Document type: Inventory
Year: 1295
Scribe: Pere Marc
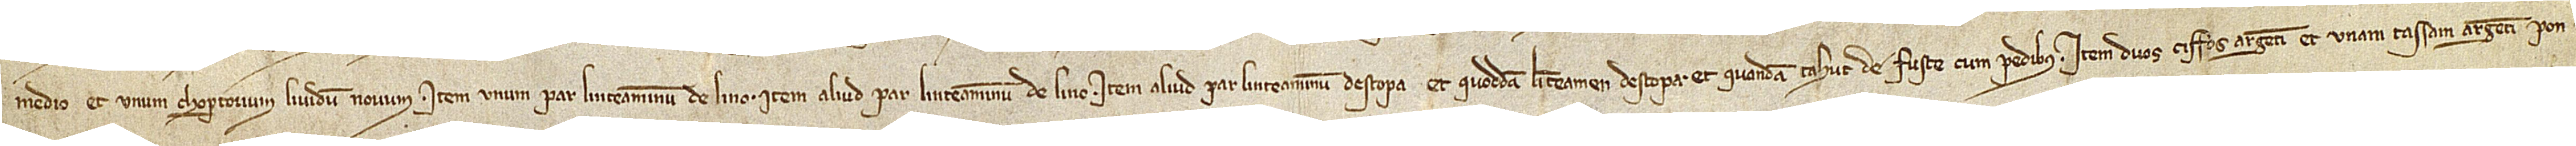
medio, et unum chopertorium lividum novum; item, unum par linteaminum de lino; item, aliud par linteaminum de lino; item, aliud par linteaminum d’estopa, et quoddam linteamen d’estopa, et quandam tahut de fuste cum pedibus; item, duos ciffos argenti et unam tassam argenti pon-